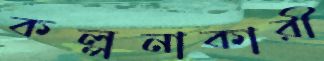
কল্পনাকারী